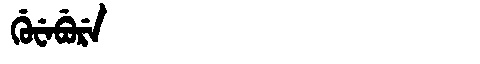
Manchu: ᡤᡠᠸᡝᠪᡠᡵᡝ
Romanization: GUWEBURE